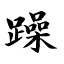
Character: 躁